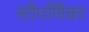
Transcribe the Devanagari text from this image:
सौपर्णिका